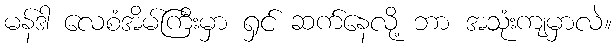
မန်ဒါ လေစံအိမ်ကြီးမှာ ရှင် ဆက်နေလို့ ဘာ အသုံးကျမှာလဲ။